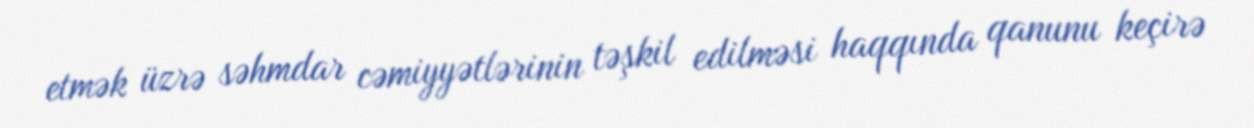
etmək üzrə səhmdar cəmiyyətlərinin təşkil edilməsi haqqında qanunu keçirə